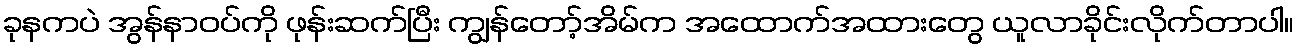
ခုနကပဲ အွန်နာဝပ်ကို ဖုန်းဆက်ပြီး ကျွန်တော့်အိမ်က အထောက်အထားတွေ ယူလာခိုင်းလိုက်တာပါ။